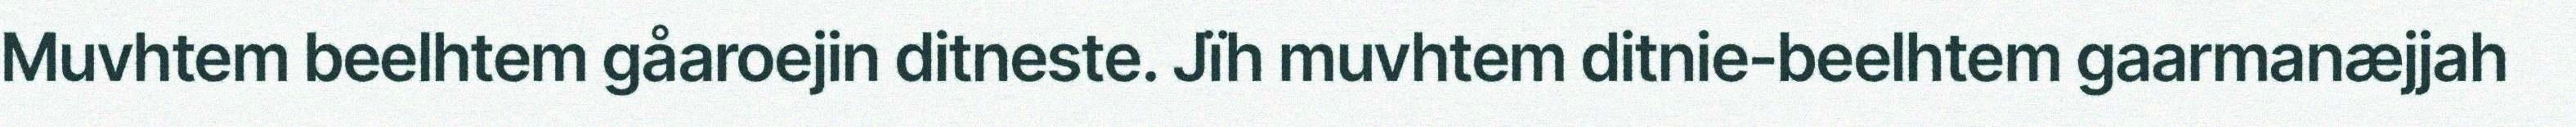
Muvhtem beelhtem gåaroejin ditneste. Jïh muvhtem ditnie-beelhtem gaarmanæjjah